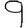
Digit: 9